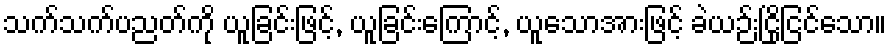
သက်သက်ပညတ်ကို ယူခြင်းဖြင့်, ယူခြင်းကြောင့်, ယူသောအားဖြင့် ခဲယဉ်းငြိုငြင်သော။